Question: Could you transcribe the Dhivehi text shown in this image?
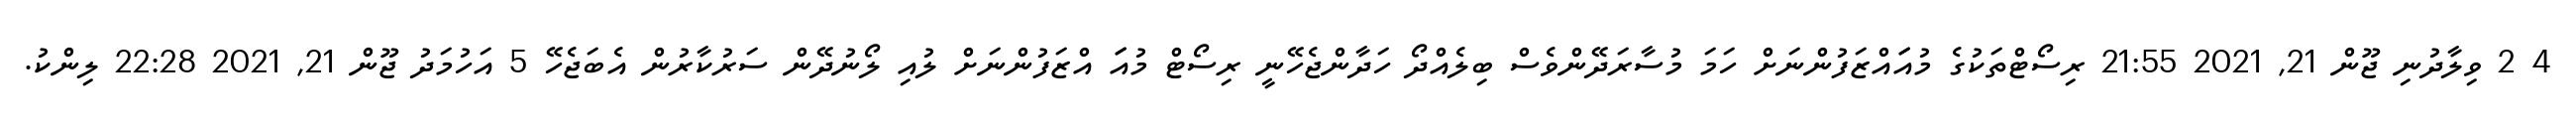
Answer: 4 2 ވިލާދުނި ޖޫން 21, 2021 21:55 ރިސޯޓްތަކުގެ މުއަައްޒަފުންނަށް ހަމަ މުސާރަދޭންވެސް ބިލެއްދޯ ހަދާންޖެހޭނީ ރިސޯޓް މުއަަ އްޒަފުންނަށް ލުއި ލޯނުދޭން ސަރުކާރުން އެބަޖެހޭ 5 އަހުމަދު ޖޫން 21, 2021 22:28 ލިންކު.